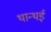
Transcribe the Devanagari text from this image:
थान्थई